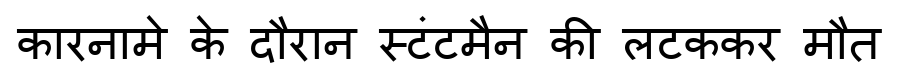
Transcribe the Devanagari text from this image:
कारनामे के दौरान स्टंटमैन की लटककर मौत